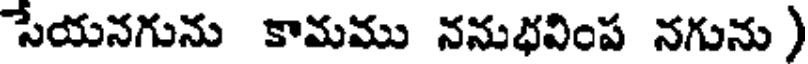
సేయనగును కామము ననుభవింప నగును )